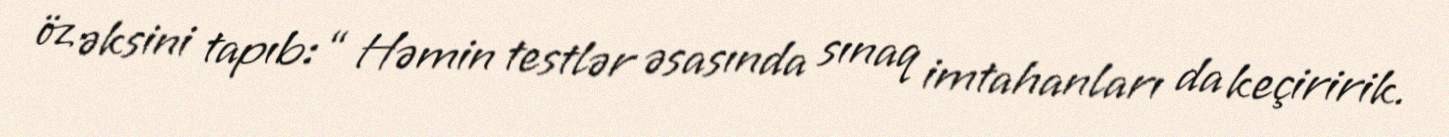
öz əksini tapıb: “ Həmin testlər əsasında sınaq imtahanları da keçiririk.